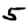
Digit: 5